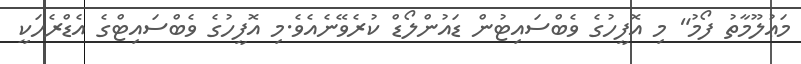
މަޢުލޫމާތު ފޯމު" މި އޮފީހުގެ ވެބްސައިޓުން ޑައުންލޯޑް ކުރެވޭނެއެވެ.މި އޮފީހުގެ ވެބްސައިޓްގެ އެޑްރެހަކީ